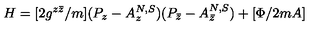
H = [ 2 g ^ { z \bar { z } } / m ] ( P _ { z } - A _ { z } ^ { N , S } ) ( P _ { \bar { z } } - A _ { \bar { z } } ^ { N , S } ) + [ \Phi / 2 m A ]